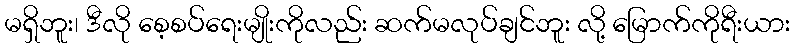
မရှိဘူး၊ ဒီလို စေ့စပ်ရေးမျိုးကိုလည်း ဆက်မလုပ်ချင်ဘူး လို့ မြောက်ကိုရီးယား